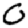
Digit: 0